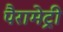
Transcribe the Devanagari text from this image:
पैरामेट्री